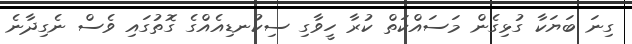
ގިނަ ބަޔަކާ ގުޅިގެން މަސައްކަތް ކުރާ ހީވާގި ސިކުނޑިއެއްގެ ގޮތުގައި ވެސް ނެގިދާނެ